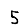
Digit: 5